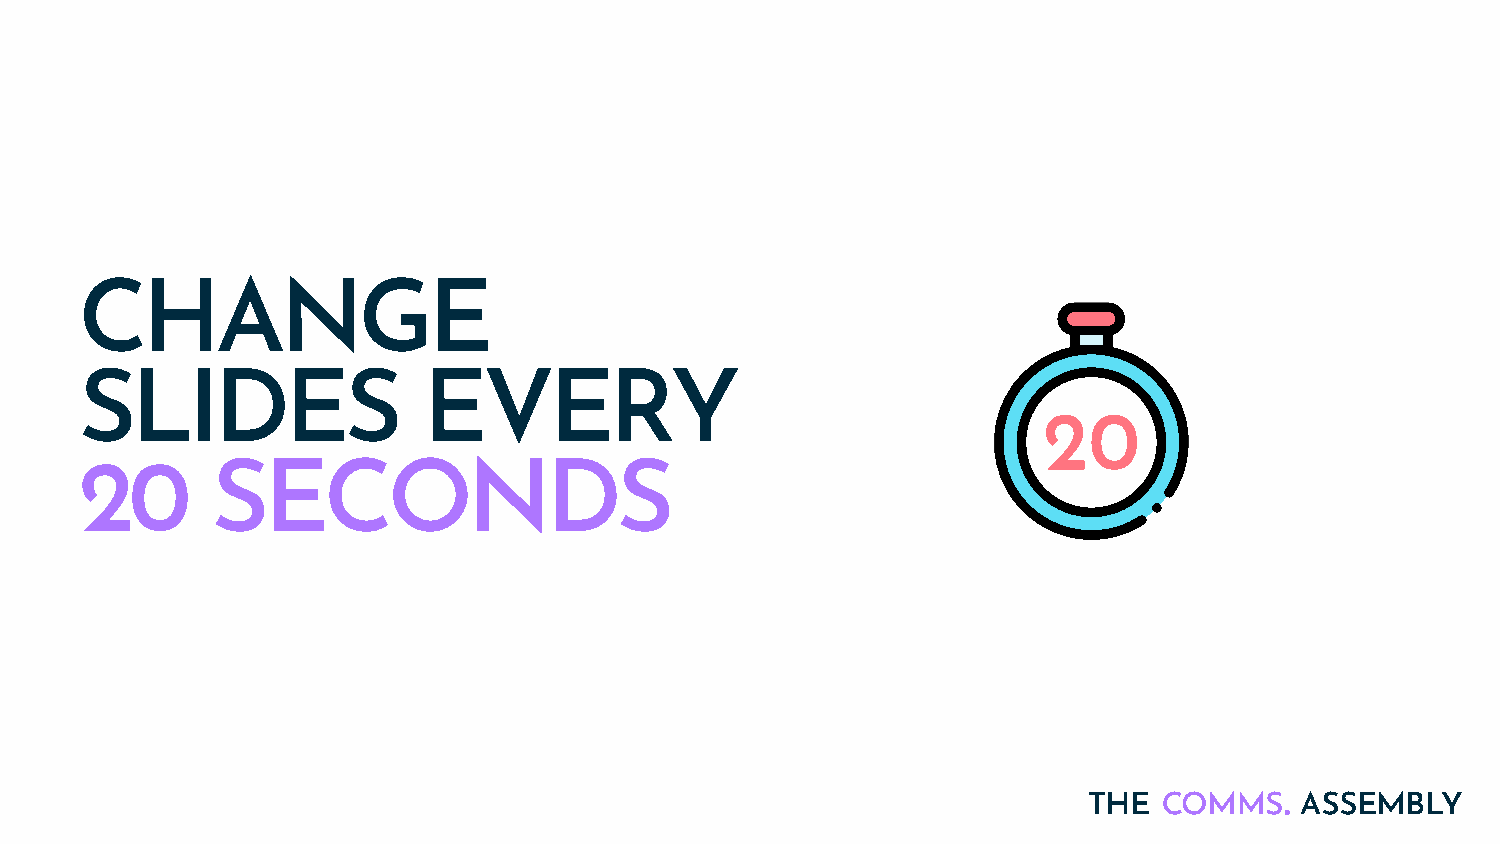
CHANGE
 SLIDES                 EVERY
 20       SECONDS